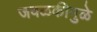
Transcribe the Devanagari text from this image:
जवळकीमुळे